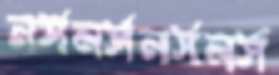
নর্সনর্সনর্সনর্স